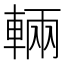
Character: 輛